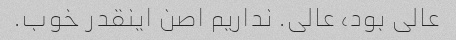
عالی بود، عالی. نداریم اصن اینقدر خوب.